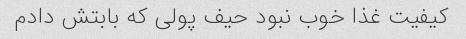
کیفیت غذا خوب نبود حیف پولی که بابتش دادم